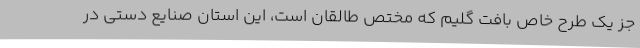
جز یک طرح خاص بافت گلیم که مختص طالقان است، این استان صنایع دستی در